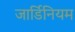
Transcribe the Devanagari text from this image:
जार्डिनियम